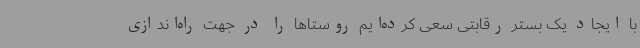
با ایجاد یک بستر رقابتی سعی کرده‌ایم روستاها را در جهت راه‌اندازی